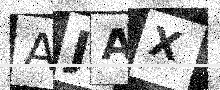
Text: AJAX